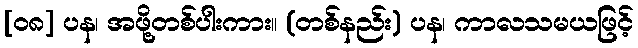
[၀၈] ပန၊ အဖို့တစ်ပါးကား။ (တစ်နည်း) ပန၊ ကာလသမယဖြင့်